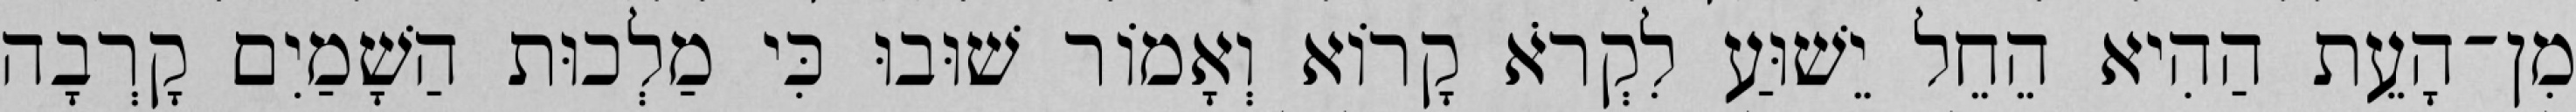
מִן־הָעֵת הַהִיא הֵחֵל יֵשׁוּעַ לִקְרֹא קָרוֹא וְאָמוֹר שׁוּבוּ כִּי מַלְכוּת הַשָׁמַיִם קָרְבָה